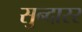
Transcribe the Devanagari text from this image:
सुन्दारर